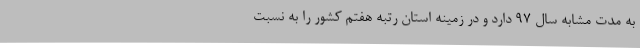
به مدت مشابه سال 97 دارد و در زمینه استان رتبه هفتم کشور را به نسبت